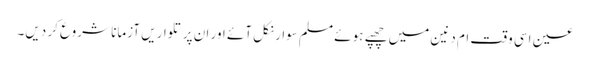
عین اسی وقت ام دنین میں چھپے ہوئے مسلم سوار نکل آئے اور ان پر تلواریں آزمانا شروع کر دیں۔